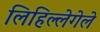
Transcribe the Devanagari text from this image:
लिहिल्लेगेले